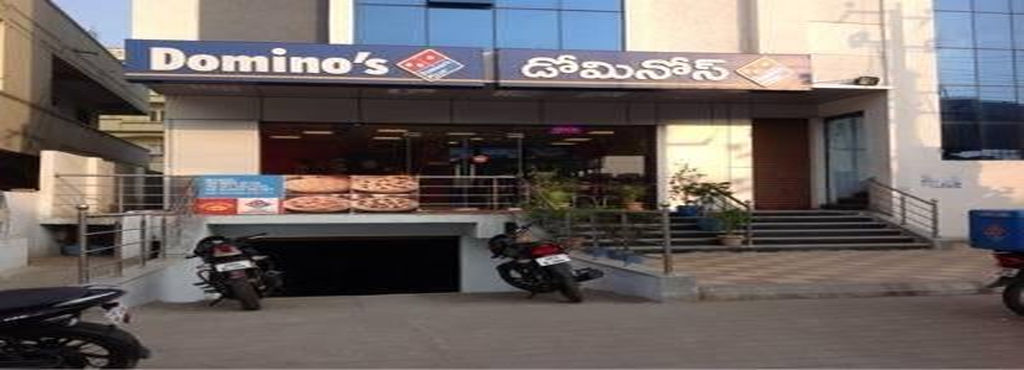
Language: telugu
Transcription: డోమినోస్